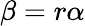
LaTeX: \beta=r\alpha